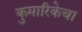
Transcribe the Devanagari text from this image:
कुमारिकेचा